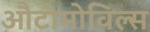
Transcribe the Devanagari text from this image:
औटोमोविल्स